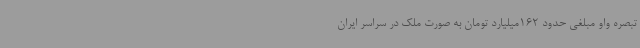
تبصره واو مبلغی حدود 162میلیارد تومان به صورت ملک در سراسر ایران